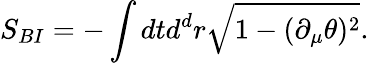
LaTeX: S_{BI}=-\int dtd^{d}r\sqrt{1-(\partial_{\mu}\theta)^{2}}.